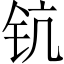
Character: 钪